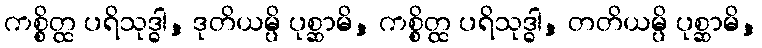
ကစ္စိတ္ထ ပရိသုဒ္ဓါ, ဒုတိယမ္ပိ ပုစ္ဆာမိ, ကစ္စိတ္ထ ပရိသုဒ္ဓါ, တတိယမ္ပိ ပုစ္ဆာမိ,